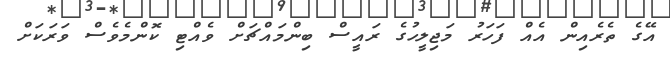
އޭގެ ތެރެއިން އެއް ފަހަރު މަޖިލީހުގެ ރައީސް ބިންމައްޗަށް ވެއްޓި ކޮންމެވެސް ވަރަކަށް